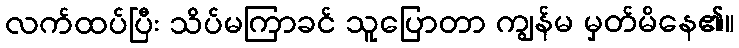
လက်ထပ်ပြီး သိပ်မကြာခင် သူပြောတာ ကျွန်မ မှတ်မိနေ၏။